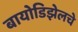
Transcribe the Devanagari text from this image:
बायोडिझेलचे